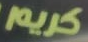
كريم